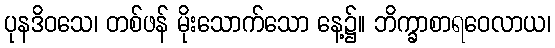
ပုနဒိဝသေ၊ တစ်ဖန် မိုးသောက်သော နေ့၌။ ဘိက္ခာစာရဝေလာယ၊